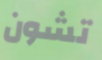
تشون